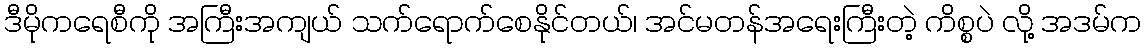
ဒီမိုကရေစီကို အကြီးအကျယ် သက်ရောက်စေနိုင်တယ်၊ အင်မတန်အရေးကြီးတဲ့ ကိစ္စပဲ လို့ အဒမ်က